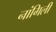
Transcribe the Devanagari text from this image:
नांगिली